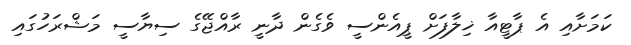
ކަމަށާއި އެ ޕާޓީއާ ޚިލާފަށް ޕީއެންސީ ވެގެން ދާނީ ރާއްޖޭގެ ސިޔާސީ މަޝްރަހުގައި